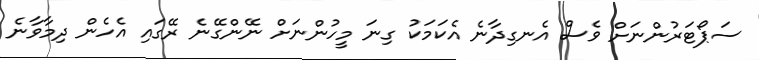
ސަޕޯޓަރުންނަށް ވެސް އެނގިދާނެ އެކަމަކު ގިނަ މީހުންނަށް ނޭންގޭނެ ރޭގައި އެހެން ދިމާވާނެ